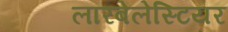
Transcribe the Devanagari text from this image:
लारबेलेस्टियर